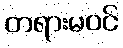
တရားမဝင်